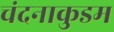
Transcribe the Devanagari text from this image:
चंदनाकुडम